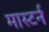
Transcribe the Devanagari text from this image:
मास्टर्न